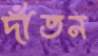
দাঁতন